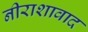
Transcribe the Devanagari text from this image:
नीराशावाद